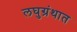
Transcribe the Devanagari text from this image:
लघुग्रंथात